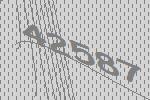
42587